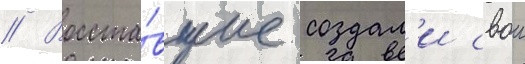
// Восста́вшие создал'и свои